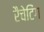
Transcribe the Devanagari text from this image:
रैचेटिंग